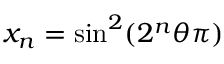
x _ { n } = \sin ^ { 2 } ( 2 ^ { n } \theta \pi )